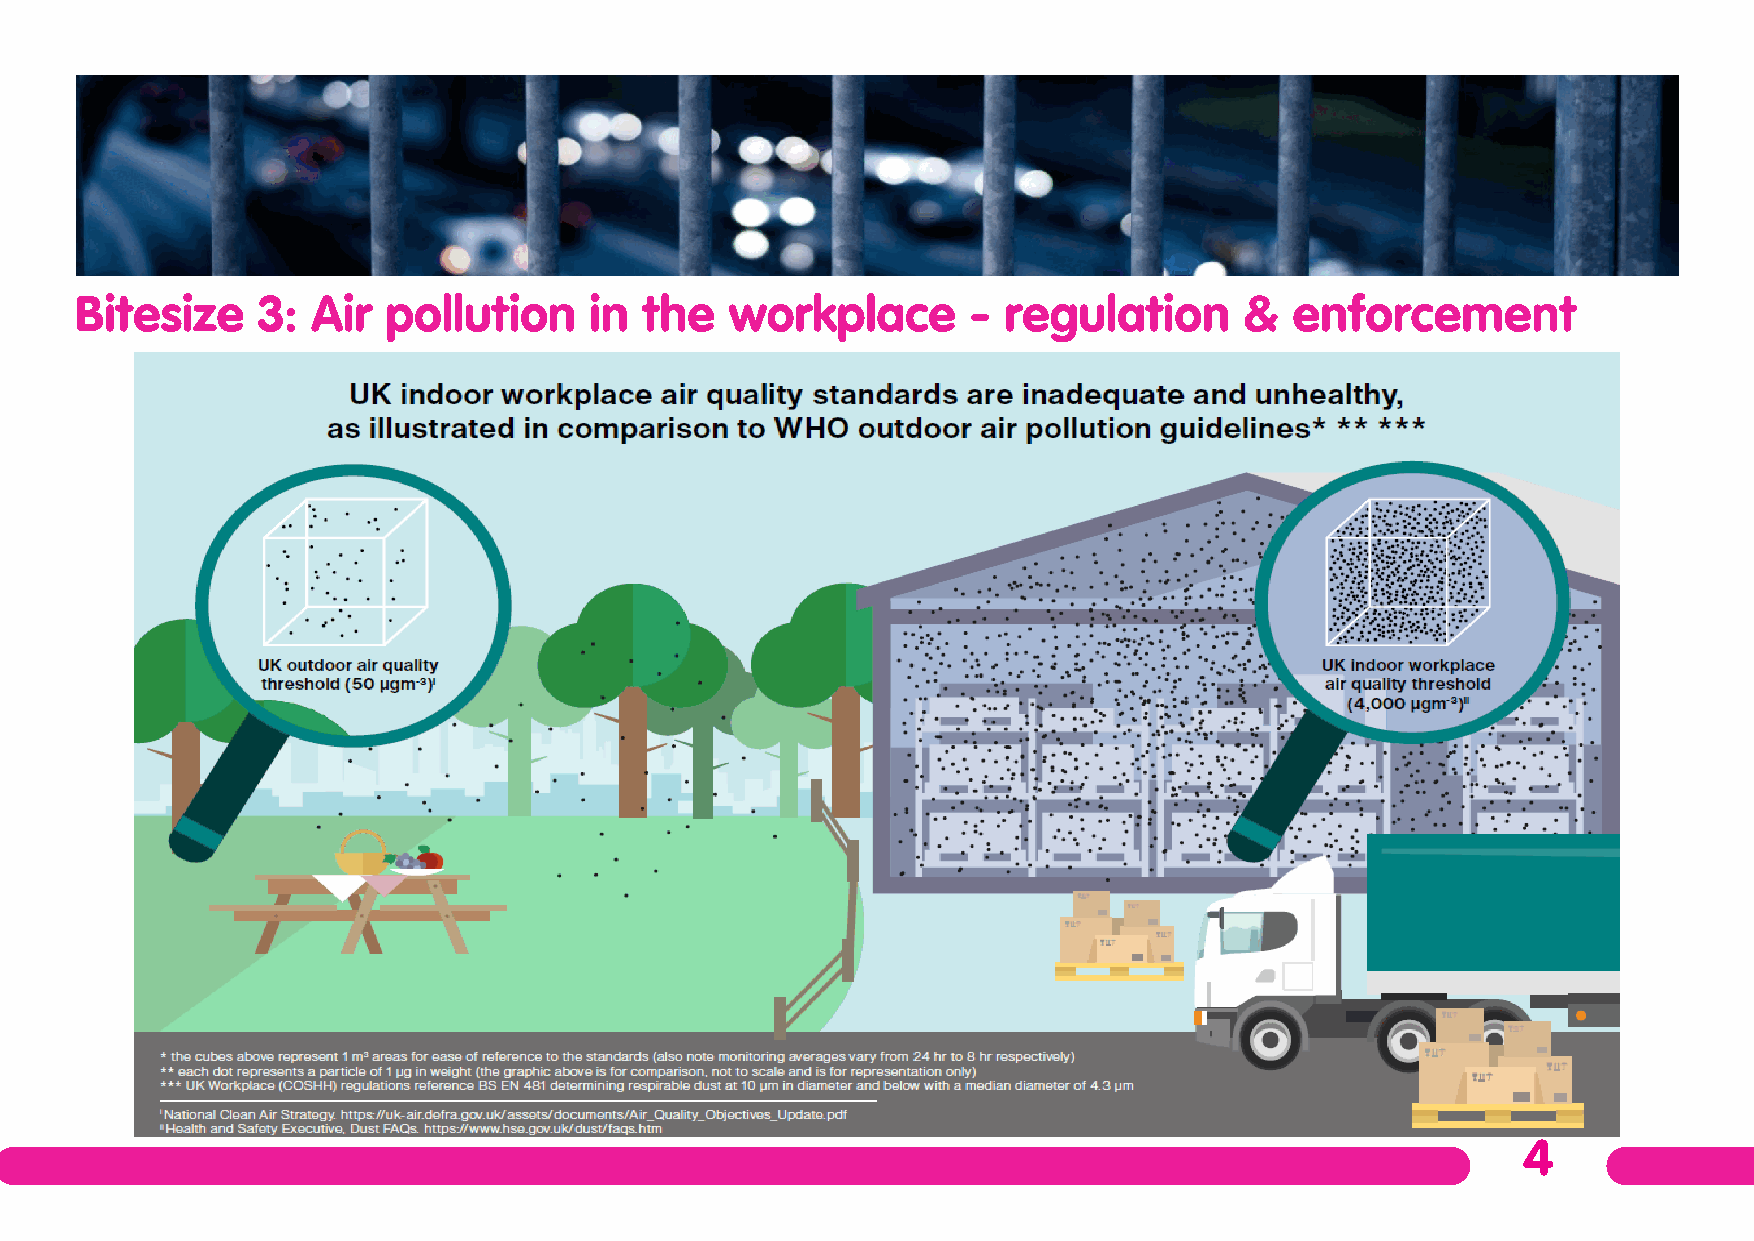
Bitesize    3:  Air  pollution    in  the  workplace       - regulation      &   enforcement
 4